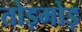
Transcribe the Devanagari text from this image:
तोड़मोड़